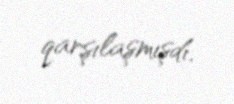
qarşılaşmışdı.